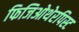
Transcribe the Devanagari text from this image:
फिजिओथेरपिस्ट